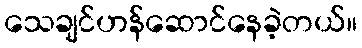
သေချင်ဟန်ဆောင်နေခဲ့တယ်။